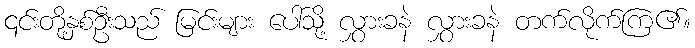
၎င်းတို့နှစ်ဦးသည် မြင်းများ ပေါ်သို့ လွှားခနဲ လွှားခနဲ တက်လိုက်ကြ၏။